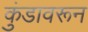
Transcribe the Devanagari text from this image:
कुंडावरून